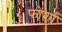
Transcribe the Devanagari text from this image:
फोर्शा